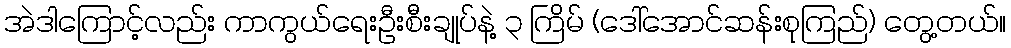
အဲဒါကြောင့်လည်း ကာကွယ်ရေးဦးစီးချုပ်နဲ့ ၃ ကြိမ် (ဒေါ်အောင်ဆန်းစုကြည်) တွေ့တယ်။